Annual report on the working of the lock hospitals in the North-Western Provinces and Oudh
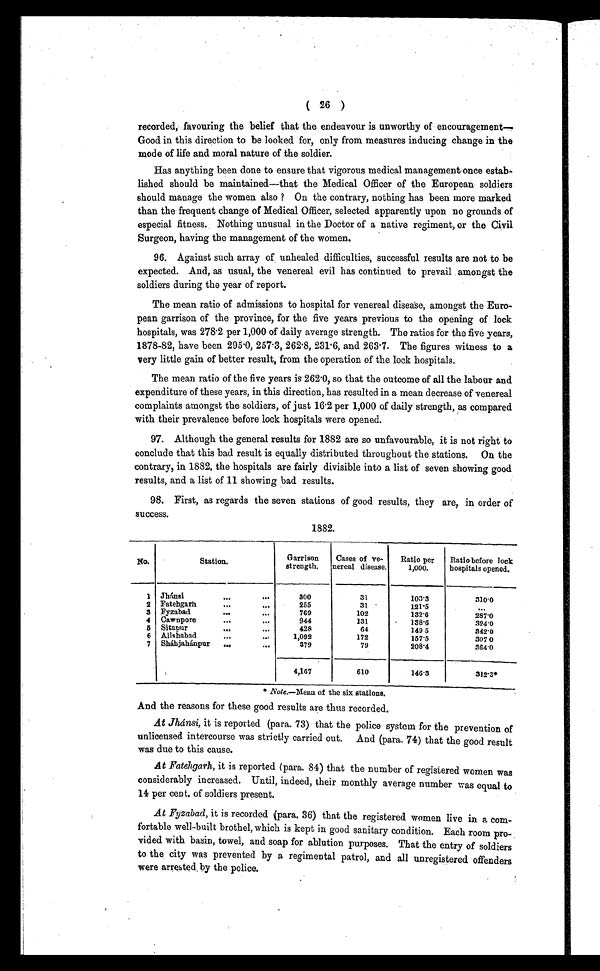
( 26 )
recorded, favouring the belief that the endeavour is unworthy of encouragement—
Good in this direction to be looked for, only from measures inducing change in the
mode of life and moral nature of the soldier.
Has anything been done to ensure that vigorous medical management once estab-
lished should be maintained—that the Medical Officer of the European soldiers
should manage the women also ? On the contrary, nothing has been more marked
than the frequent change of Medical Officer, selected apparently upon no grounds of
especial fitness. Nothing unusual in the Doctor of a native regiment, or the Civil
Surgeon, having the management of the women.
96. Against such array of unhealed difficulties, successful results are not to be
expected. And, as usual, the venereal evil has continued to prevail amongst the
soldiers during the year of report.
The mean ratio of admissions to hospital for venereal disease, amongst the Euro-
pean garrison of the province, for the five years previous to the opening of lock
hospitals, was 278·2 per 1,000 of daily average strength. The ratios for the five years,
1878-82, have been 295 .0, 257. 3, 262.8, 231 . 6, and 263 . 7. The figures witness to a
very little gain of better result, from the operation of the lock hospitals.
The mean ratio of the five years is 262 . 0, so that the outcome of all the labour and
expenditure of these years, in this direction, has resulted in a mean decrease of venereal
complaints amongst the soldiers, of just 16 . 2 per 1,000 of daily strength, as compared
with their prevalence before lock hospitals were opened.
97. Although the general results for 1882 are so unfavourable, it is not right to
conclude that this bad result is equally distributed throughout the stations. On the
contrary, in 1882, the hospitals are fairly divisible into a list of seven showing good
results, and a list of 11 showing bad results.
98. First, as regards the seven stations of good results, they are, in order of
s u c c e s s .
1882.
No.
Station.
Garrison
strength.
Cases of ve-
nereal disease.
Ratio per
1,000.
Ratio before lock
hospitals opened.
1 Jhánsi
...
...
300
31
103.3
310·0
2 Fatehgarh
. . .
255
31
121·5
. . .
3 Fyzabad
...
. . .
769
102
132·6
287·0
4
Cawnpore
...
. . .
944
131
138·6
324·0
5
Sitapur
...
. . .
428
64
149 5
342·0
6 Allshabad
...
. . .
1,092
172
157·5
307 0
7
Sháhjahánpur
...
. . .
379
79
208·4
364·0
4,167
610
146·3
312·3*
* Note. —Mean of the six stations.
And the reasons for these good results are thus recorded.
At Jhánsi, it is reported (para. 73) that the police system for the prevention of
unlicensed intercourse was strictly carried out. And (para. 74) that the good result
was due to this cause.
At Fatehgarh, it is reported (para. 84) that the number of registered women was
considerably increased. Until, indeed, their monthly average number was equal to
14 per cent, of soldiers present.
At Fyzabad, it is recorded (para. 36) that the registered women live in a com-
fortable well-built brothel, which is kept in good sanitary condition. Each room pro-
vided with basin, towel, and soap for ablution purposes. That the entry of soldiers
to the city was prevented by a regimental patrol, and all unregistered offenders
were arrested by the police.